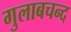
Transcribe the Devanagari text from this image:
गुलाबचन्द